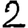
Digit: 2